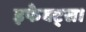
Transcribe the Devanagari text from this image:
इफेक्ट्स।